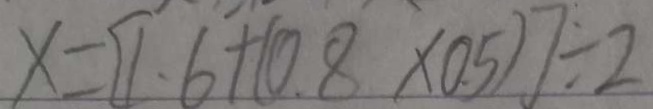
x = [ 1 . 6 + ( 0 . 8 \times 0 . 5 ) ] \div 2